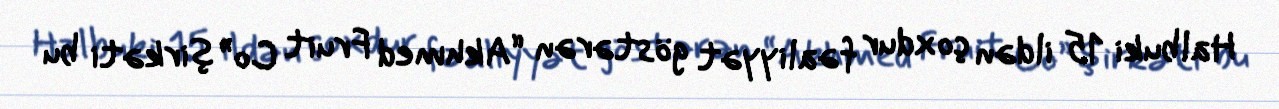
Halbuki 15 ildən çoxdur fəaliyyət göstərən “Akhmed Fruit Co” şirkəti bu